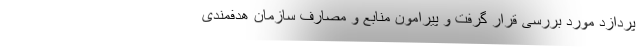
پردازد مورد بررسی قرار گرفت و پیرامون منابع و مصارف سازمان هدفمندی